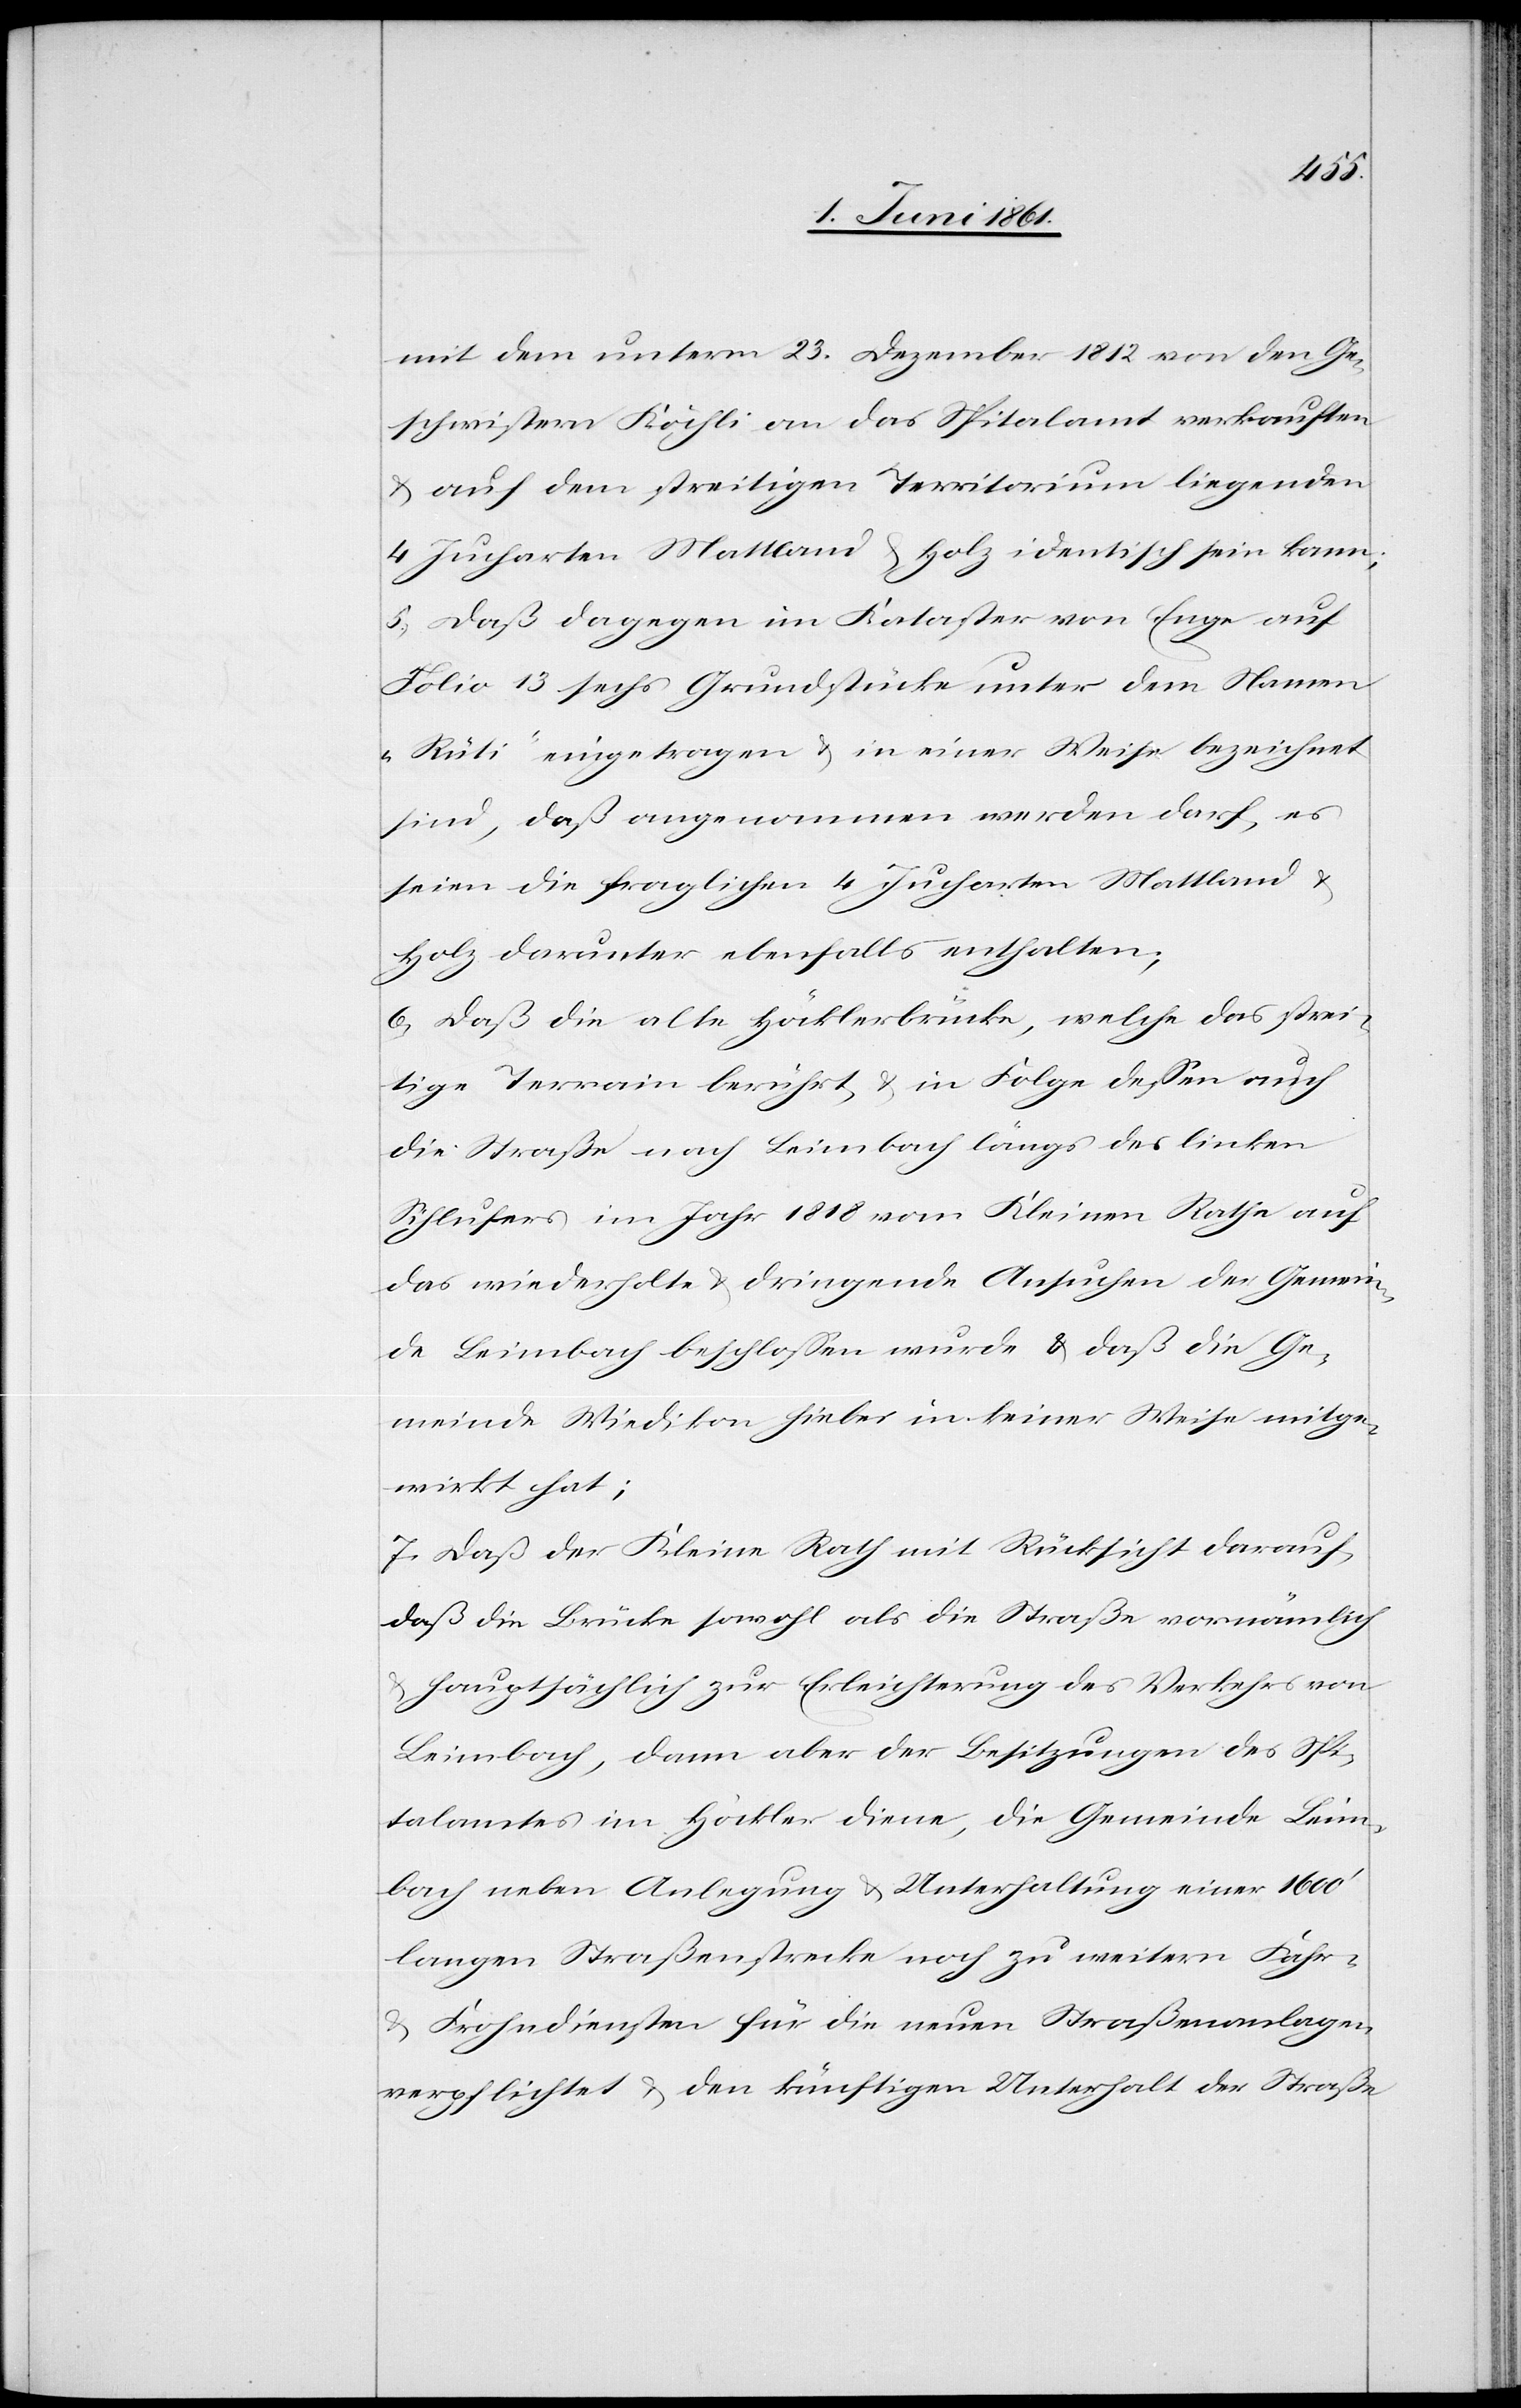
mit dem unterm 23. Dezember 1812 von den Ge¬
schwistern Köchli an das Spitalamt verkauften
u. auf dem streitigen Territorium liegenden
4 Jucharten Mattland u. Holz identisch sein kann;
5) Daß dagegen im Kataster von Enge auf
Folio 13 sechs Grundstücke unter dem Namen
„Rüti“ eingetragen u. in einer Weise bezeichnet
sind, daß angenommen werden darf, es
seien die fraglichen 4 Jucharten Mattland u.
Holz darunter ebenfalls enthalten;
6) Daß die alte Höcklerbrücke, welche das strei¬
tige Terrain berührt u. in Folge dessen auch
die Straße nach Leimbach längs des linken
Sihlufers im Jahr 1818 vom Kleinen Rathe auf
das wiederholte u. dringende Ansuchen der Gemein¬
de Leimbach beschlossen wurde, daß die Ge¬
meine Wiedikon hiebei in keiner Weise mitge¬
wirkt hat;
7) Daß der Kleine Rath mit Rücksicht darauf,
daß die Brücke sowohl als die Straße vornämlich
hauptsächlich zur Erleichterung des Verkehrs von
Leimbach, dann aber der Besitzungen des Spi¬
talamtes im Höckler diene, die Gemeinde Leim¬
bach neben Anlegung u. Unterhaltung einer 1600’
langen Straßenstrecke noch zu weitern Fahr[-]
u. Frohndiensten für die neuen Straßenanlagen
verpflichtet u. den künftigen Unterhalt der Straße